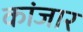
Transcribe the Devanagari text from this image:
कांजार